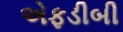
એફડીબી